Problem: 46 + 79 = ?
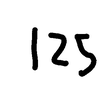
Handwritten answer: 125